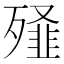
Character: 𭮞